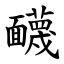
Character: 䩏